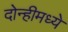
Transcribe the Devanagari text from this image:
दोन्हीमध्ये